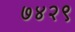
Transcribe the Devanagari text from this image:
७४२९